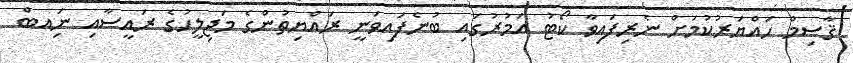
ޤާސިމް ހައްޔަރުކުމަށް ނެރިފައިވާ ކޯޓު އަމުރުގައި ބުނެފައިވަނީ ރައްޔިތުންގެ މަޖިލީހުގެ ރައީސާއި ނަިއބް